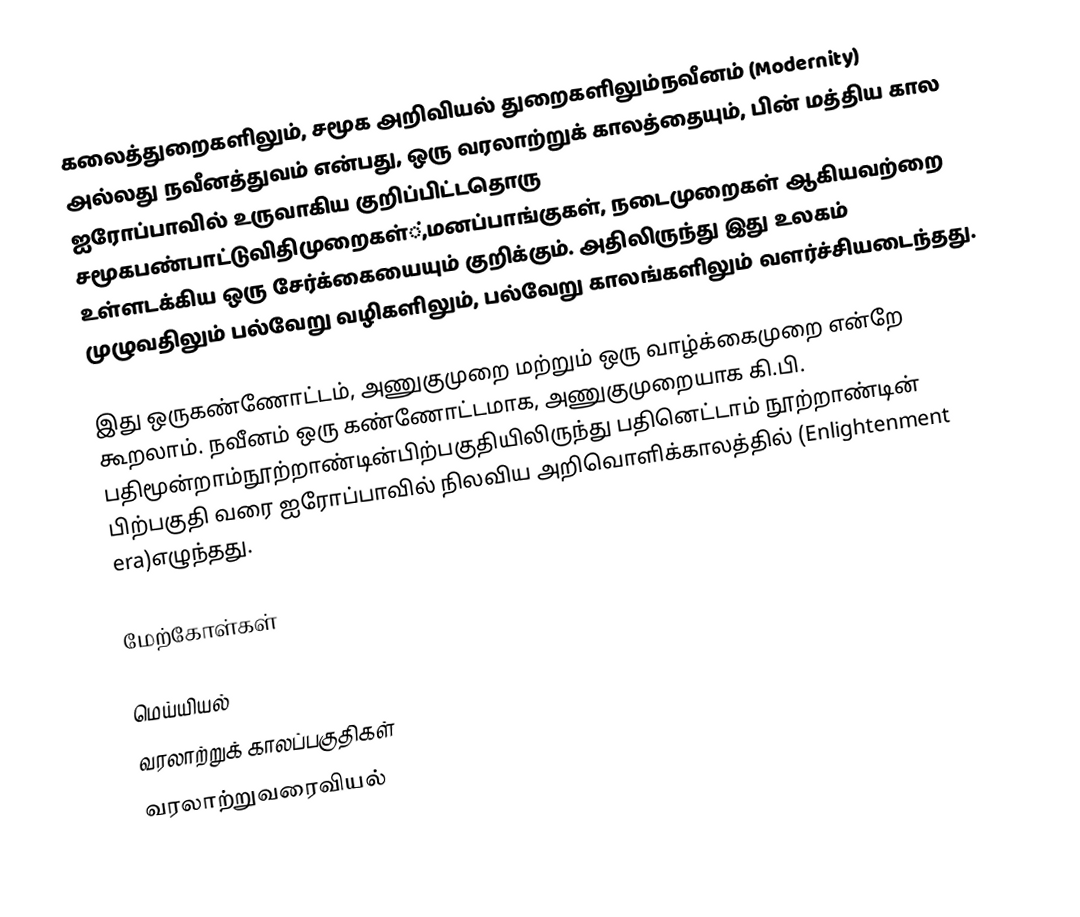
கலைத்துறைகளிலும், சமூக அறிவியல் துறைகளிலும்நவீனம் (Modernity) அல்லது நவீனத்துவம் என்பது, ஒரு வரலாற்றுக் காலத்தையும், பின் மத்திய கால ஐரோப்பாவில் உருவாகிய குறிப்பிட்டதொரு சமூகபண்பாட்டுவிதிமுறைகள்்,மனப்பாங்குகள், நடைமுறைகள் ஆகியவற்றை உள்ளடக்கிய ஒரு சேர்க்கையையும் குறிக்கும். அதிலிருந்து இது உலகம் முழுவதிலும் பல்வேறு வழிகளிலும், பல்வேறு காலங்களிலும் வளர்ச்சியடைந்தது.

இது ஒருகண்ணோட்டம், அணுகுமுறை மற்றும் ஒரு வாழ்க்கைமுறை என்றே கூறலாம். நவீனம் ஒரு கண்ணோட்டமாக, அணுகுமுறையாக கி.பி. பதிமூன்றாம்நூற்றாண்டின்பிற்பகுதியிலிருந்து பதினெட்டாம் நூற்றாண்டின் பிற்பகுதி வரை ஐரோப்பாவில் நிலவிய அறிவொளிக்காலத்தில் (Enlightenment era)எழுந்தது.

மேற்கோள்கள்

மெய்யியல்
வரலாற்றுக் காலப்பகுதிகள்
வரலாற்றுவரைவியல்